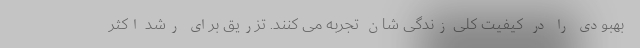
بهبودی را در کیفیت کلی زندگی شان تجربه می کنند. تزریق برای رشد اکثر